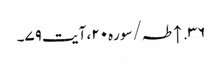
۳۶. ↑ طہ/سوره۲۰، آیت ۷۹۔